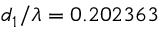
d _ { 1 } / \lambda = 0 . 2 0 2 3 6 3